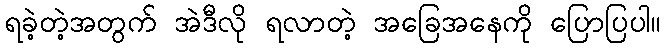
ရခဲ့တဲ့အတွက် အဲဒီလို ရလာတဲ့ အခြေအနေကို ပြောပြပါ။